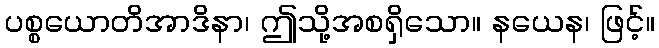
ပစ္စယောတိအာဒိနာ၊ ဤသို့အစရှိသော။ နယေန၊ ဖြင့်။